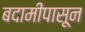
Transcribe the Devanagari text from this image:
बदामीपासून